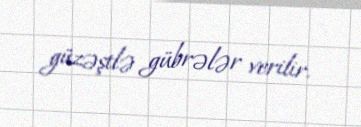
güzəştlə gübrələr verilir.